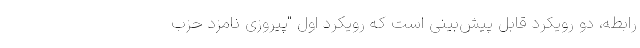
رابطه، دو رویکرد قابل پیش‌بینی است که رویکرد اول "پیروزی نامزد حزب